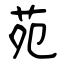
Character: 苑